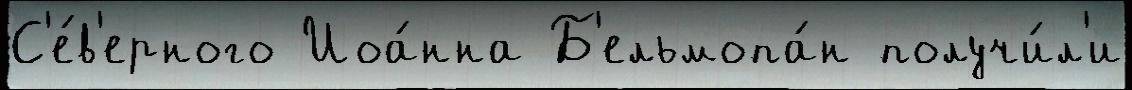
С'е́в'ерного Иоа́нна Б'ельмопа́н получи́л'и